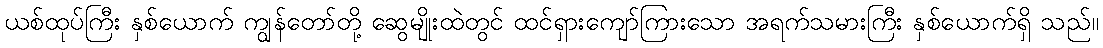
ယစ်ထုပ်ကြီး နှစ်ယောက် ကျွန်တော်တို့ ဆွေမျိုးထဲတွင် ထင်ရှားကျော်ကြားသော အရက်သမားကြီး နှစ်ယောက်ရှိ သည်။